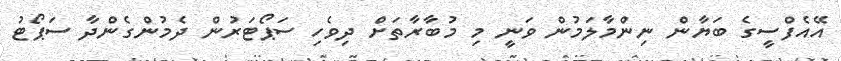
އޭއެފްސީގެ ބަޔާން ނިންމާލަމުން ވަނީ މި މުބާރާތަށް ދިވެހި ސަޕޯޓަރުން ދެމުންގެންދާ ސަޕޯޓު